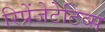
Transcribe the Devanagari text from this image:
रिप्रेंजेटेटिव्स